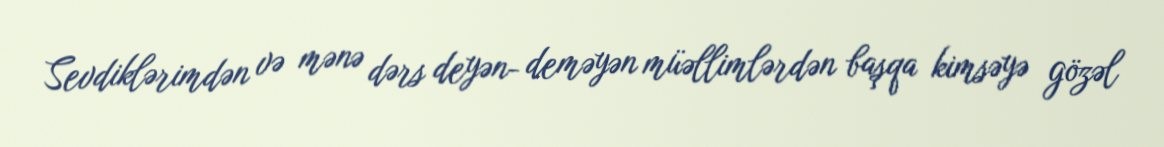
Sevdiklərimdən və mənə dərs deyən- deməyən müəllimlərdən başqa kimsəyə gözəl